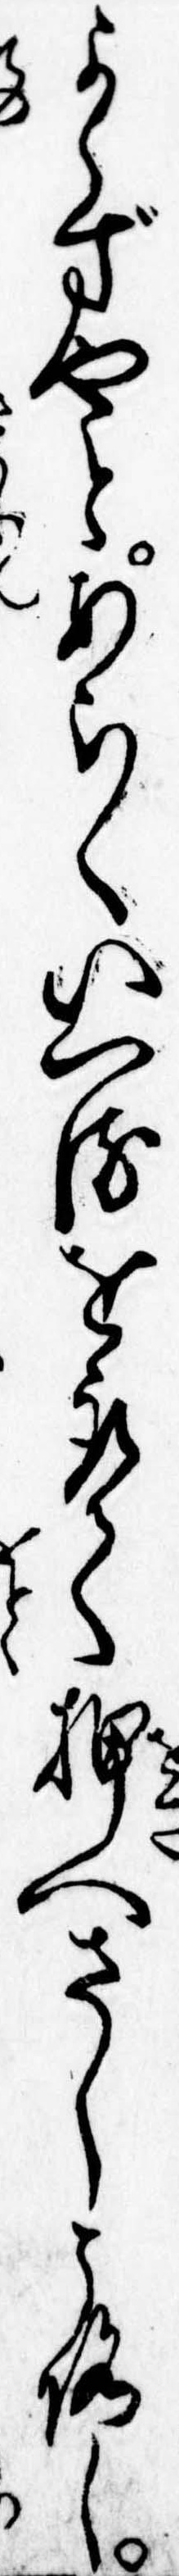
よらずやとあらくいへるを取て押へさしころし